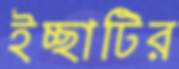
ইচ্ছাটির